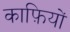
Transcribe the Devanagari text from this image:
काफ़ियों